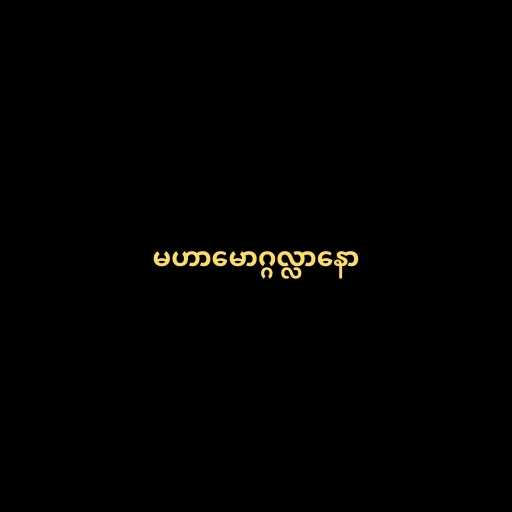
မဟာမောဂ္ဂလ္လာနော